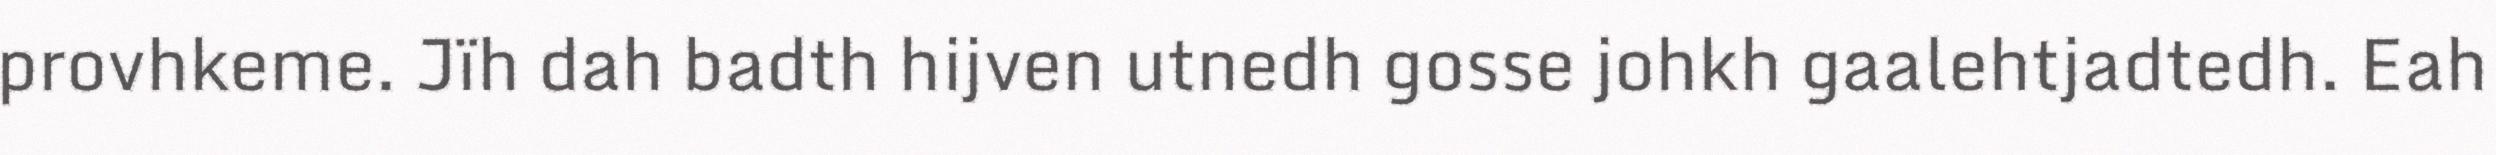
provhkeme. Jïh dah badth hijven utnedh gosse johkh gaalehtjadtedh. Eah